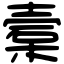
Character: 槖